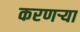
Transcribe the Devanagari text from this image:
करणर्‍या